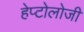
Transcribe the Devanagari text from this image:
हेप्टोलोजी